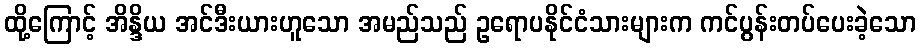
ထို့ကြောင့် အိန္ဒိယ အင်ဒီးယားဟူသော အမည်သည် ဥရောပနိုင်ငံသားများက ကင်ပွန်းတပ်ပေးခဲ့သော